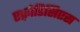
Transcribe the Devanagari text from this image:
एफ़्रोडिसिएस